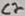
Text: C2